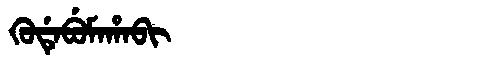
Manchu: ᡴᡠᡩᡝᠪᡠᠮᠠᡥᠠᠪᡳ
Romanization: KUDEBUMAHABI